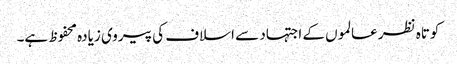
کوتاہ نظر عالموں کے اجتہاد سے اسلاف کی پیروی زیادہ محفوظ ہے۔